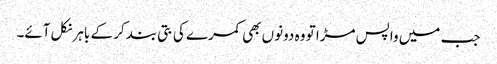
جب میں واپس مڑا تو وہ دونوں بھی کمرے کی بتی بند کر کے باہر نکل آئے۔